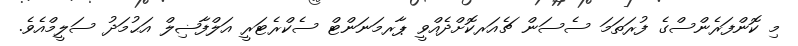
މި ކޮންފަރެންސްގެ ފުރަތަމަ ސެސަން ޗެއަރކޮށްދެއްވީ ޕާރމަނަންޓް ސެކްރެޓަރީ އަލްފާޟިލް އަޙުމަދު ސަލީމްއެވެ.